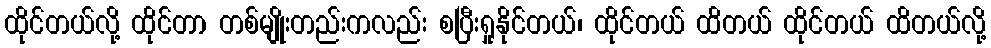
ထိုင်တယ်လို့ ထိုင်တာ တစ်မျိုးတည်းကလည်း စပြီးရှုနိုင်တယ်၊ ထိုင်တယ် ထိတယ် ထိုင်တယ် ထိတယ်လို့